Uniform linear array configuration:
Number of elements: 32
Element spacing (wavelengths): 1
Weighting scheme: uniform
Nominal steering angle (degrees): -45
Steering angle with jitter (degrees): -46.541
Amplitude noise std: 0.05
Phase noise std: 0.05

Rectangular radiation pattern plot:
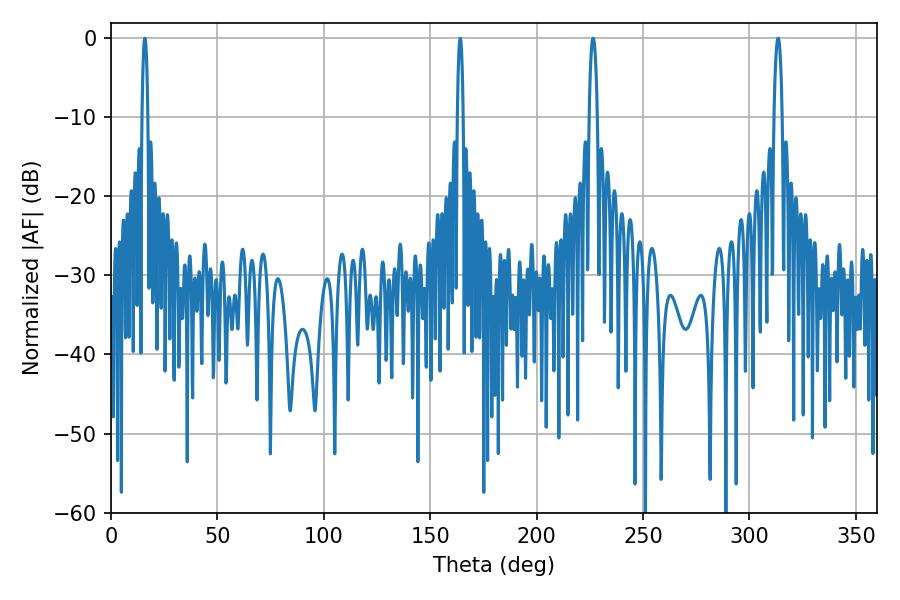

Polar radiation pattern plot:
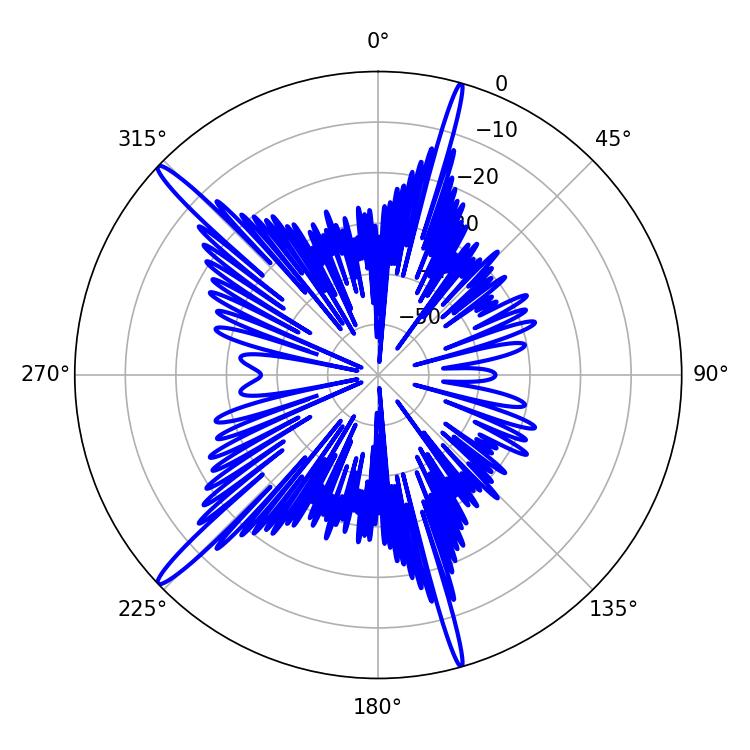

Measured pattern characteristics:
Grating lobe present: TRUE
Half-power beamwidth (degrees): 2.16
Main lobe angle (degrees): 313.38